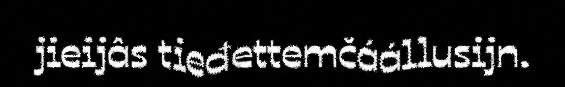
jieijâs tieđettemčáállusijn.